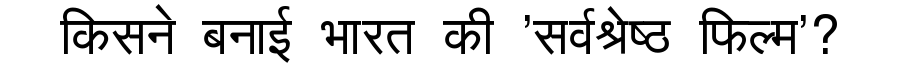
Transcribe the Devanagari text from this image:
किसने बनाई भारत की 'सर्वश्रेष्ठ फिल्म'?